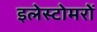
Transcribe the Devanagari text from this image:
इलेस्टोमरों